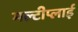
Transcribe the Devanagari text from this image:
मल्टीप्लाई